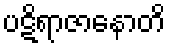
ပဋိရာဇာနောတိ